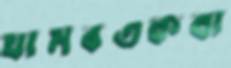
ঘামবএকবা